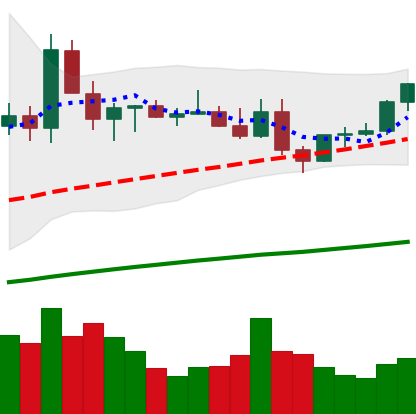
Ticker: ETC-USD
Chart end date: 2021-03-30
Forward return: 12.323%
Label: up_7plus